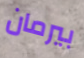
بيرمان